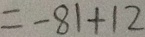
= - 8 1 + 1 2